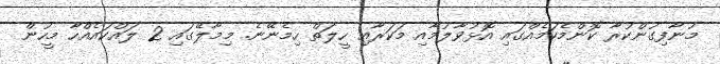
މުނާފިގުންކުރާ ކޮންމެކަމެއްގައި އޮޅުވާލުމާއި މަކަރާއި ހީލަތް ހިމެނޭނެ. މިމާލޭގައި 2 ލައްކައެއްހާ މީހުން